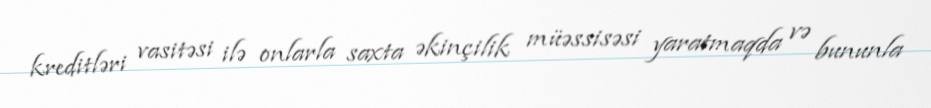
kreditləri vasitəsi ilə onlarla saxta əkinçilik müəssisəsi yaratmaqda və bununla